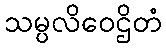
သမ္ပလိဝေဌိတံ